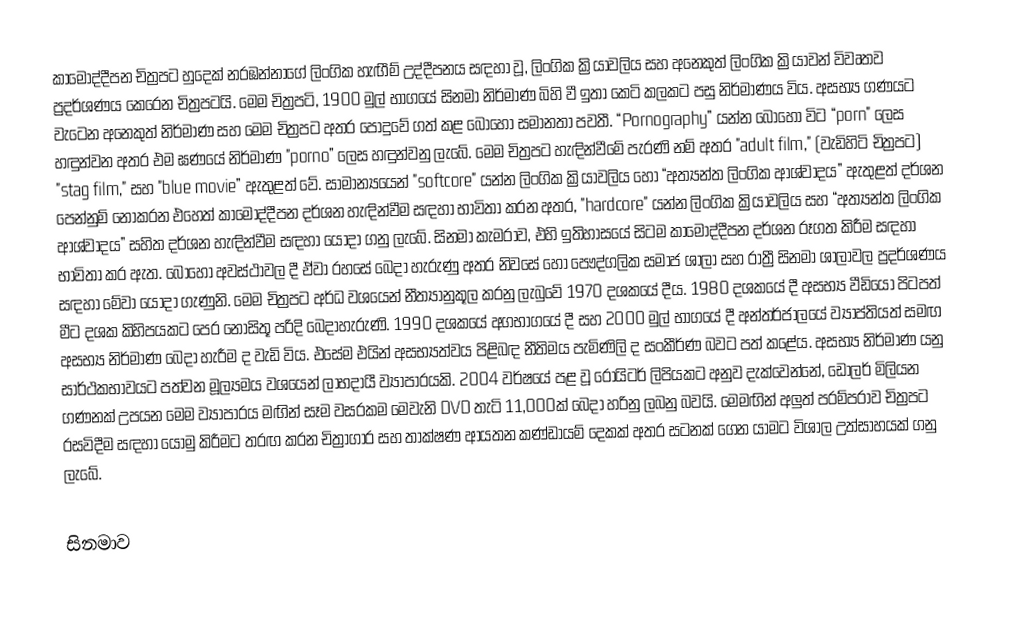
කාමෝද්දීපන චිත්‍රපට හුදෙක් නරඹන්නාගේ ලිංගික හැඟීම් උද්දීපනය සඳහා වූ, ලිංගික ක්‍රියාවලිය සහ අනෙකුත් ලිංගික ක්‍රියාවන් විවෘතව ප්‍රදර්ශණය කෙරෙන චිත්‍රපටයි. මෙම චිත්‍රපටි, 1900 මුල් භාගයේ සිනමා නිර්මාණ බිහි වී ඉතා කෙටි කලකට පසු නිර්මාණය විය. අසභ්‍ය ගණයට වැටෙන අනෙකුත් නිර්මාණ සහ මෙම චිත්‍රපට අතර පොදුවේ ගත් කළ බොහෝ සමානතා පවතී. “Pornography” යන්න බොහෝ විට “porn" ලෙස හඳුන්වන අතර එම ඝණයේ නිර්මාණ "porno” ලෙස හඳුන්වනු ලැබේ. මෙම චිත්‍රපට හැඳින්වීමේ පැරණි නම් අතර "adult film," (වැඩිහිටි චිත්‍රපට) "stag film," සහ "blue movie” ඇතුළත් වේ. සාමාන්‍යයෙන් "softcore" යන්න ලිංගික ක්‍රියාවලිය හෝ “අත්‍යන්ත ලිංගික ආශ්වාදය” ඇතුළත් දර්ශන පෙන්නුම් නොකරන එහෙත් කාමෝද්දීපන දර්ශන හැඳින්වීම සඳහා භාවිතා කරන අතර, "hardcore" යන්න ලිංගික ක්‍රියාවලිය සහ “අත්‍යන්ත ලිංගික ආශ්වාදය” සහිත දර්ශන හැඳින්වීම සඳහා යොදා ගනු ලැබේ. සිනමා කැමරාව, එහි ඉතිහාසයේ සිටම කාමෝද්දීපන දර්ශන රූගත කිරීම සඳහා භාවිතා කර ඇත. බොහෝ අවස්ථාවල දී ඒවා රහසේ බෙදා හැරුණු අතර නිවසේ හෝ පෞද්ගලික සමාජ ශාලා සහ රාත්‍රී සිනමා ශාලාවල ප්‍රදර්ශණය සඳහා මේවා යොදා ගැණුනි. මෙම චිත්‍රපට අර්ධ වශයෙන් නීත්‍යානුකූල කරනු ලැබුවේ 1970 දශකයේ දීය. 1980 දශකයේ දී අසභ්‍ය වීඩියෝ පිටපත් මීට දශක කිහිපයකට පෙර නොසිතූ පරිදි බෙදාහැරුණි. 1990 දශකයේ අගභාගයේ දී සහ 2000 මුල් භාගයේ දී අන්තර්ජාලයේ ව්‍යාප්තියත් සමඟ අසභ්‍ය නිර්මාණ බෙදා හැරීම ද වැඩි විය. එසේම එයින්  අසභ්‍යත්වය පිළිබඳ නීතිමය පැමිණිලි ද සංකීර්ණ බවට පත් කළේය. අසභ්‍ය නිර්මාණ යනු සාර්ථකභාවයට පත්වන මූල්‍යමය වශයෙන් ලාභදායී ව්‍යාපාරයකි. 2004 වර්ෂයේ පළ වූ රොයිටර් ලිපියකට අනුව දැක්වෙන්නේ, ඩොලර් මිලියන ගණනක් උපයන මෙම ව්‍යාපාරය මඟින් සෑම වසරකම මෙවැනි DVD තැටි 11,000ක් බෙදා හරිනු ලබනු බවයි. මෙමඟින් අලුත් පරම්පරාව චිත්‍රපට රසවිදීම සඳහා යොමු කිරීමට තරඟ කරන චිත්‍රාගාර සහ තාක්ෂණ ආයතන කණ්ඩායම් දෙකක් අතර සටනක් ගෙන යාමට විශාල උත්සාහයක් ගනු ලැබේ.

සිනමාව